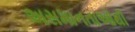
અસમાનતાઓથી